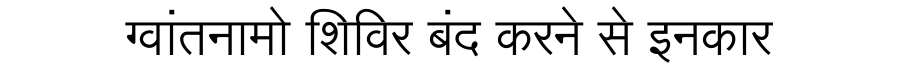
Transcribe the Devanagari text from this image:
ग्वांतनामो शिविर बंद करने से इनकार